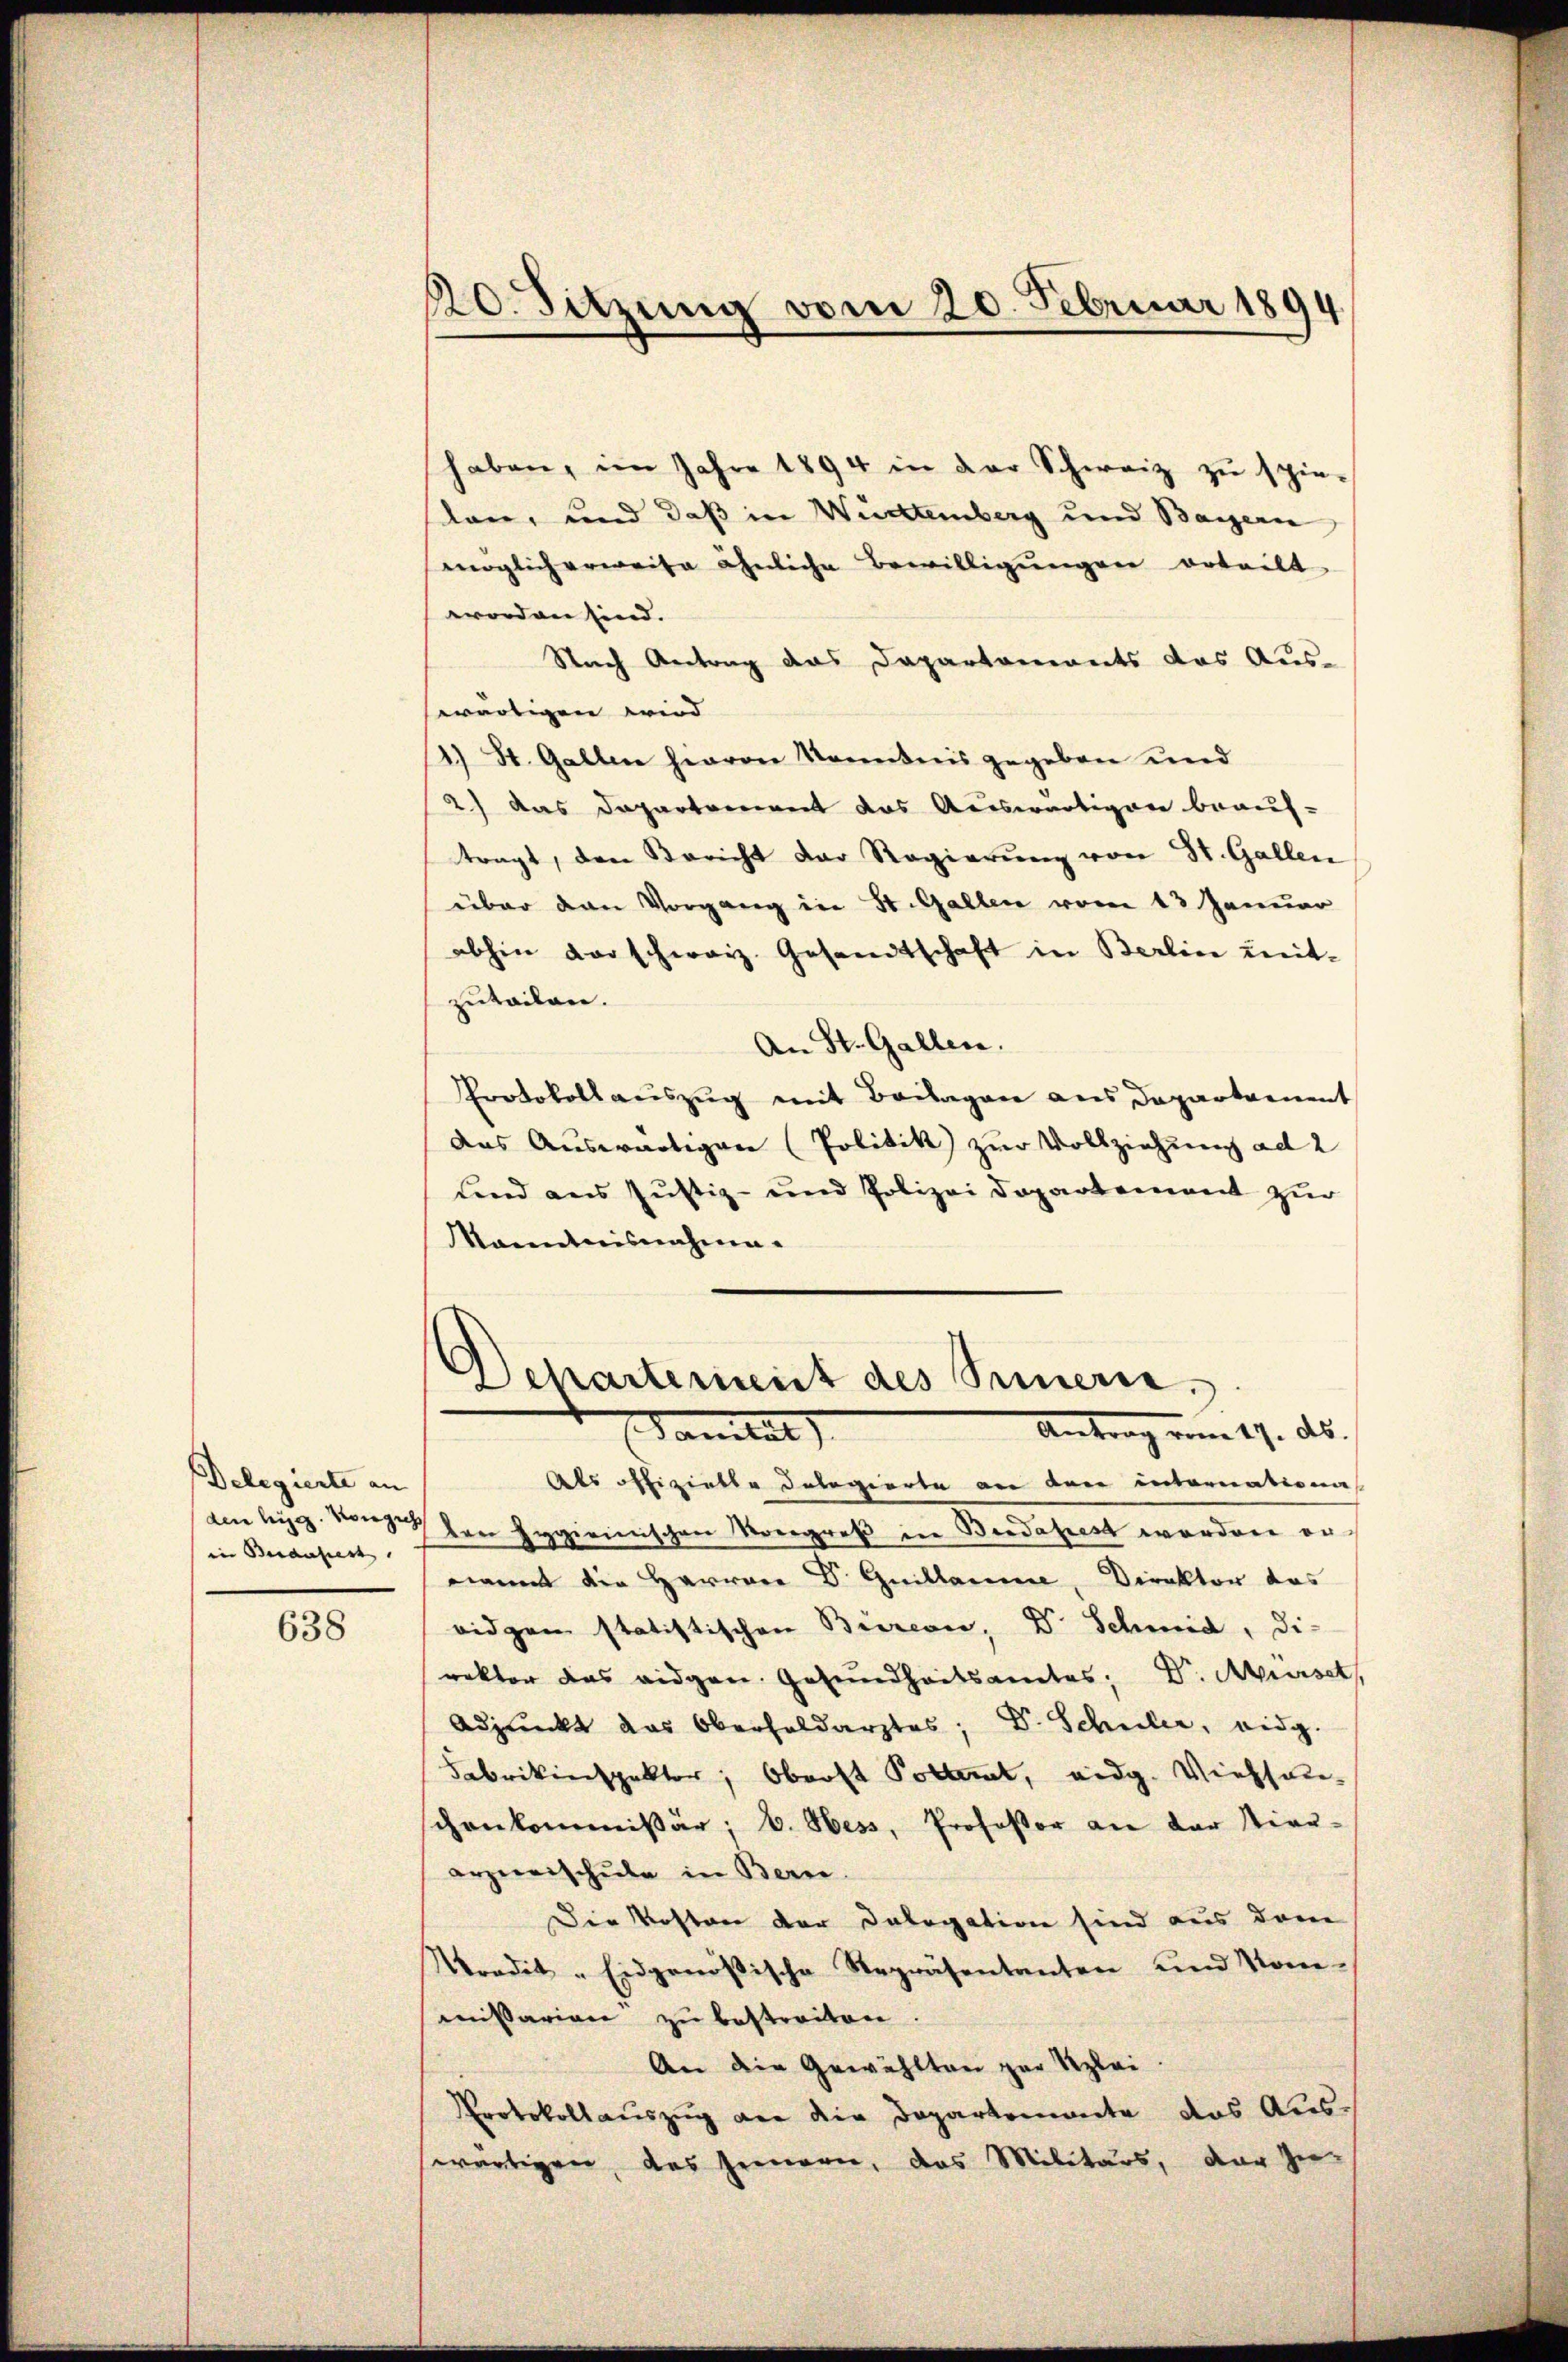
Delegierte an
in Besaufrest

638

220. Sitzung vom 20. Februar 1894

haben, im Jahre 1894 in der Schweiz zu spie-
dan, und daß in Württemberg und Bayern
möglich erweite ähnliche Bewilligungen erteilt
worden sind.
Nach Antrag das Dapartamants das Aus-
ewärtigen wird
2) St. Gallen hievon Kenntnis gegeben und
2) das Departement das Auswärtigere beauf-
tragt, den Bericht der Regierung von St. Gallen
über den Vorgang in St. Gallen vom 13 Januar
abhin darschweiz. Gesandtschaft in Berline mit-
zuteilen.
An St. Gallen.
Protokollauszug mit Beilagen aus Departament
das Auswärtigen (Politik zur Vollziehung ad 2
Lind aus Justiz- und Polizei Departement zur
kanntnisnahme.
Departement des Innern.
Antrag vom 17. ds.
Sanitat
Als offizielle dologierte an den internationa
aen ligg von den Hygienischen Kongreß in Budapest worden ernamt die Herren Dr. Guillaume, Direktor das
ridgen statistischen Bieren, Dr. Schmid, Di-
rektor das eidgen. Gesundheitsamtes, Dr. Mürset
Adjunkt das Oberholdarztes, Dr. Schuler, eidg.
Fabrikinspektor, Oberst Pottert, eidg. Viehseuschenkommißär; b. Hess, Professor an der Stier-
arzneischule in Bern.
Die Kosten der Delegation sind aus dem
Wordit - Eidgenößische Repräsentanten und Kom-
missarian zu bestreiten.
An die Gewählten zur Klei
Protokollauszug der die Departemente das Aus-
wärtigen, das seinern, das Militärs, der zu¬